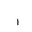
Letter: _alif